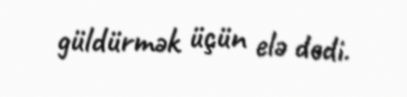
güldürmək üçün elə dedi.